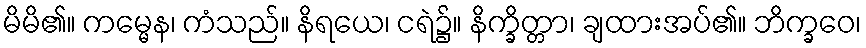
မိမိ၏။ ကမ္မေန၊ ကံသည်။ နိရယေ၊ ငရဲ၌။ နိက္ခိတ္တာ၊ ချထားအပ်၏။ ဘိက္ခဝေ၊